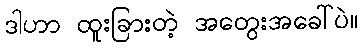
ဒါဟာ ထူးခြားတဲ့ အတွေးအခေါ်ပဲ။